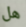
هل